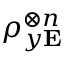
\rho _ { y \mathbf { E } } ^ { \otimes n }